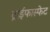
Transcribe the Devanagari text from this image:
ट्राईफास्फेट